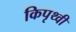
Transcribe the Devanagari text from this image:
किपृथ्वी